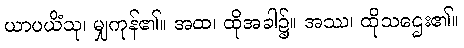
ယာပယိံသု၊ မျှကုန်၏။ အထ၊ ထိုအခါ၌။ အဿ၊ ထိုသဌေး၏။